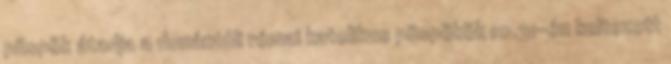
püspök átadja a dunántúli római katolikus püspökök 10.31-én keltezett